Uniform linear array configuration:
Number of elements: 12
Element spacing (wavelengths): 1
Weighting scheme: uniform
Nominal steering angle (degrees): -30
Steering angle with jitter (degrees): -31.633
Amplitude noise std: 0.05
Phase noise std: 0.05

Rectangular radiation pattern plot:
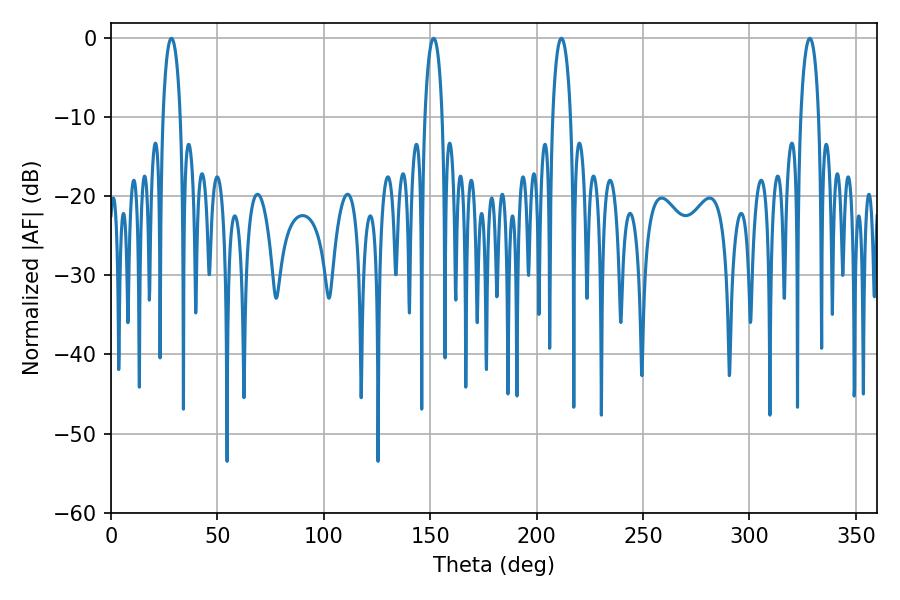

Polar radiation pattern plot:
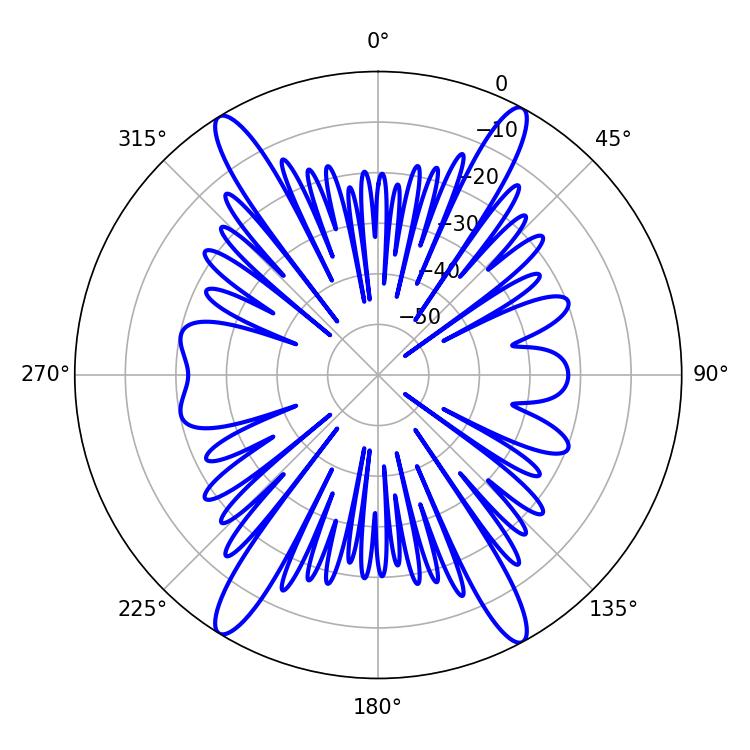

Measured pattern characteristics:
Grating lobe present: TRUE
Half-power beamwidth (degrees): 4.68
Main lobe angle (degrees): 28.44